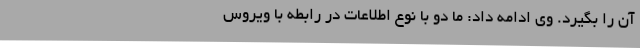
آن را بگیرد. وی ادامه داد: ما دو با نوع اطلاعات در رابطه با ویروس